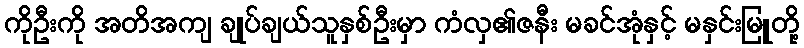
ကိုဦးကို အတိအကျ ချုပ်ချယ်သူနှစ်ဦးမှာ ကံလှ၏ဇနီး မခင်အုံနှင့် မနှင်းမြူတို့